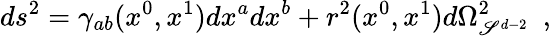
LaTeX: ds^{2}=\gamma_{ab}(x^{0},x^{1})dx^{a}dx^{b}+r^{2}(x^{0},x^{1})d\Omega_{\mathscr{S}^{d-2}}^{2}~~,